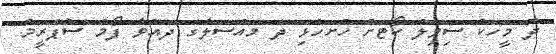
ދެ މީހަކު ސިވިލް ކޯޓަށް ހުށަހެޅި ދެ މައްސަލާގެ ދައުވާ ފޯމް ސުޕްރީމް